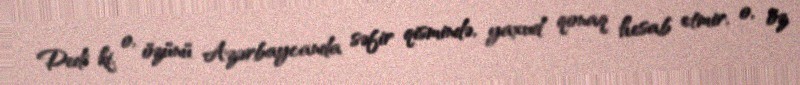
Dedi ki, o, özünü Azərbaycanda səfir qismində, yaxud qonaq hesab etmir, o, öz